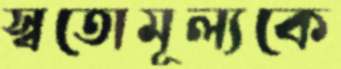
স্বতোমূল্যকে